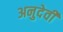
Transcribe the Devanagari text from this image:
अनुदेवी